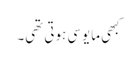
کبھی مایوسی ہوتی تھی۔